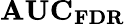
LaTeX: \textbf{AUC}_{\textbf{FDR}}